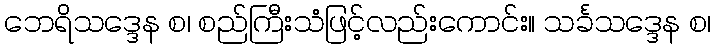
ဘေရိသဒ္ဒေန စ၊ စည်ကြီးသံဖြင့်လည်းကောင်း။ သင်္ခသဒ္ဒေန စ၊